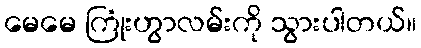
မေမေ ကြုံးဟွာလမ်းကို သွားပါတယ်။